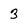
Character: 3